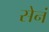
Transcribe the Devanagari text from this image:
सेनं